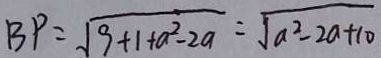
B P = \sqrt { 9 + 1 + a ^ { 2 } - 2 a } = \sqrt { a ^ { 2 } - 2 a + 1 0 }